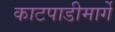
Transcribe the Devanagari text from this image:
काटपाडीमार्गे